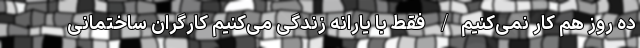
ده روز هم کار نمی‌کنیم/ فقط با یارانه زندگی می‌کنیم کارگران ساختمانی